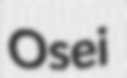
Osei